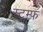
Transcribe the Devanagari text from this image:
स्टम्फ